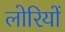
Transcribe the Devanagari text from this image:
लोरियों